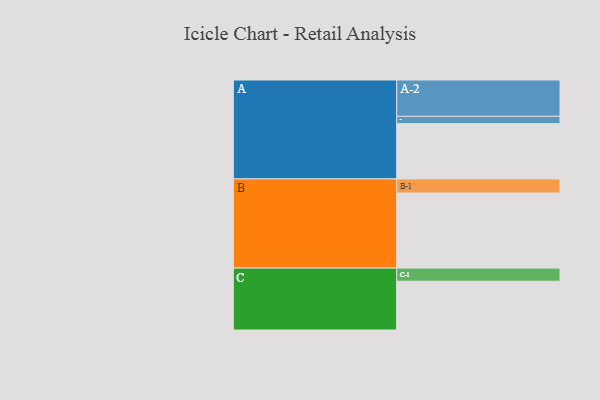
{"axis": {"x": "Segment", "y": "Value"}, "legend": ["", "A", "B", "C"], "data": [{"x": "A", "y": 391, "type": ""}, {"x": "B", "y": 531, "type": ""}, {"x": "C", "y": 345, "type": ""}, {"x": "A-1", "y": 52, "type": "A"}, {"x": "A-2", "y": 257, "type": "A"}, {"x": "B-1", "y": 100, "type": "B"}, {"x": "C-1", "y": 93, "type": "C"}]}